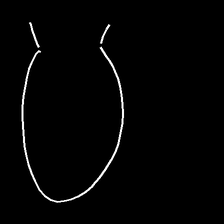
Glyph: weave